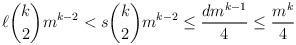
LaTeX: \begin{align*} \ell\binom{k}{2}m^{k-2}<s\binom{k}{2}m^{k-2}\leq \frac{dm^{k-1}}{4}\leq \frac{m^k}{4}\end{align*}